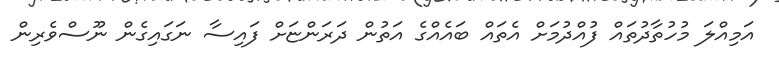
އަމިއްލަ މުހުތާދުތައް ފުއްދުމަށް އެތައް ބައެއްގެ އަތުން ދަރަންޏަށް ފައިސާ ނަގައިގެން ނޫސްވެރިން